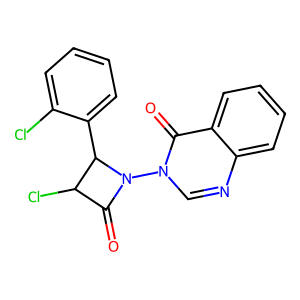
SMILES: O=C1C(Cl)C(c2ccccc2Cl)N1n1cnc2ccccc2c1=O
Inhibits HIV replication: No